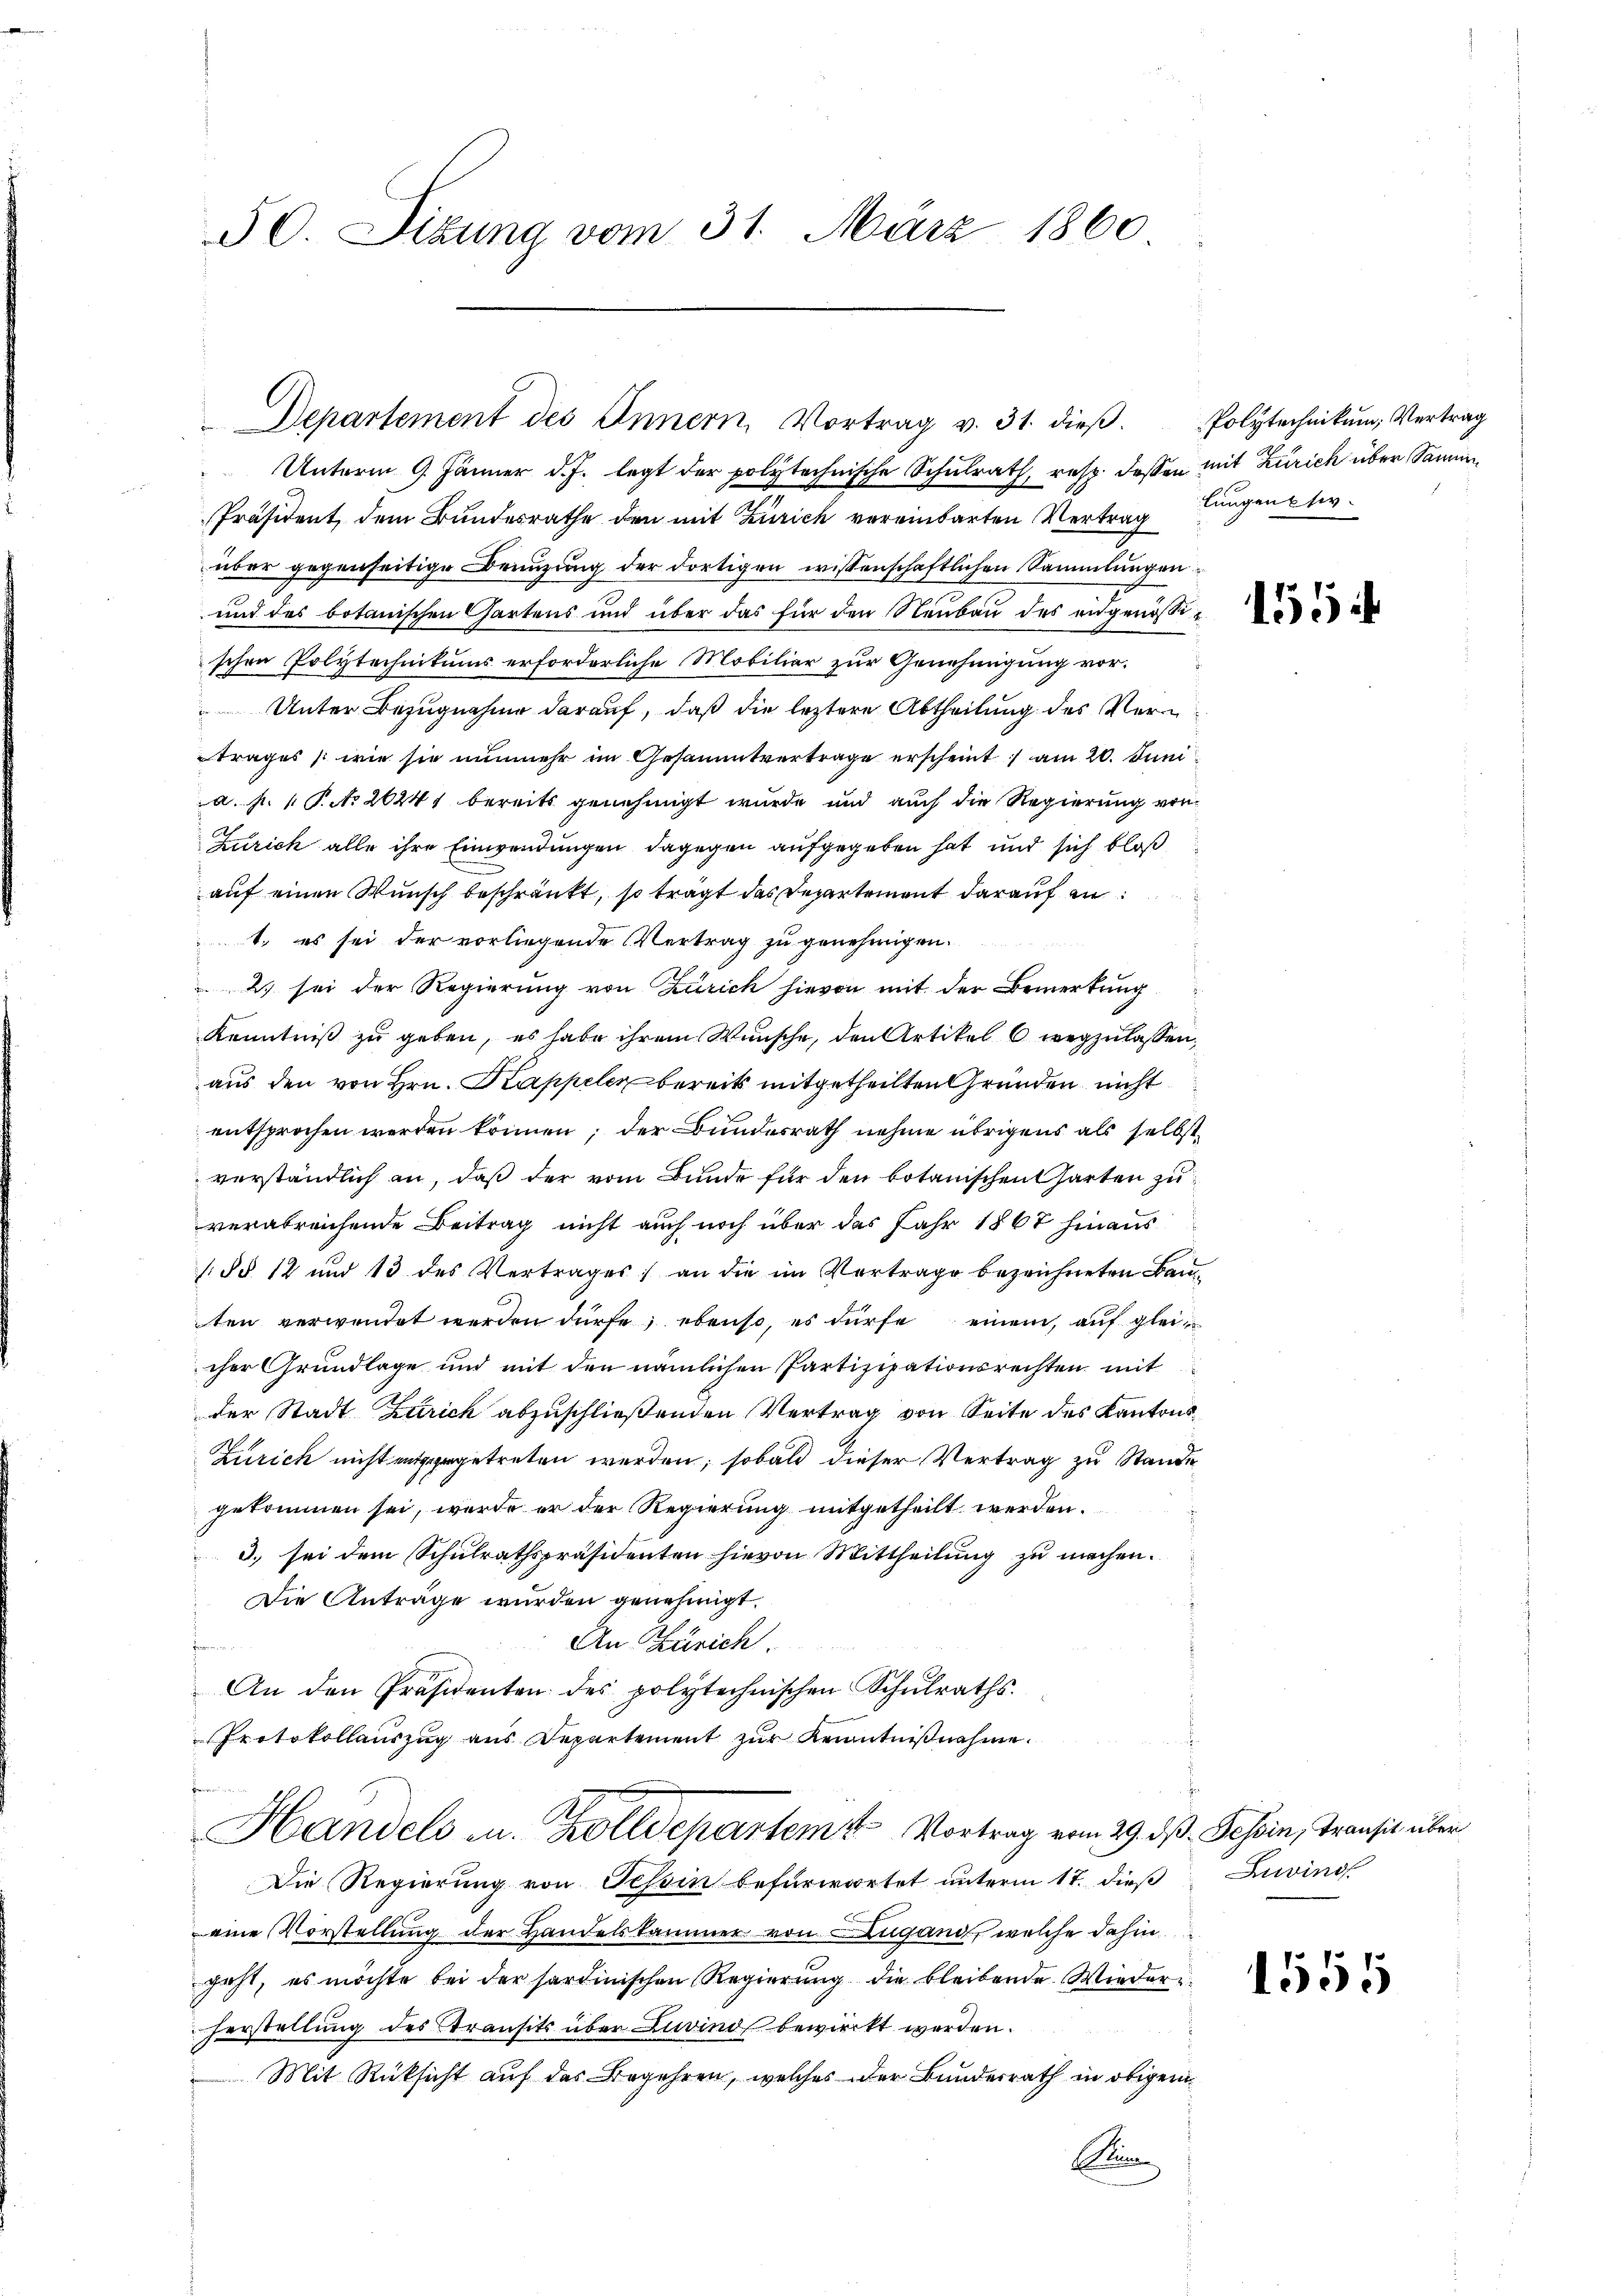
50. Sizung vom 31. März 1860

Departement des Innern, Vortrag v. 31. dieβ. Polytechnikŭm Vertrag

Unterm 9. Jänner d. J. legt der polytechnische Schulrath, resp. dessen mit Zürich über Samm
Präsident dem Bundesrathe den mit Zürich vereinbarten Vertragungente
über gegenseitige Benuzung der dortigen wissenschaftlichen Sammlungen
und des botanischen Gartens und über das für den Neubau des angenössischen Polytechnikums erforderliche Mobilier zur Genehmigung vor¬
Unter Bezugnahme darauf, daß die leztere Abtheilung des Vertrages (wie sie nunmehr im Gesammtvertrage erscheint, am 20. Juni
a. p. 1 Pto 26241 bereits genehmigt wurde und auch die Regierung von
Zürich alle ihre Einwendungen dagegen aufgegeben hat und sich bloß
auf einen Wunsch beschränkt, so tragt das Departement darauf in
1. es sei der vorliegende Vertrag zu genehmigen.
2) sei der Regierung von Zürich hievon mit der Bemerkung
Kenntniß zu geben, es habe ihrem Wunsche, den Artikel 6 wegzulassen,
aus den von Hrn. Kappeler bereits mitgetheilten Gründen nicht
entsprochen werden können; der Bundesrath nehme übrigens als selbst
verständlich an, daß der vom Bunde für den botanischen Garten zu
verabreichende Beitrag nicht auch noch über das Jahr 1867 hinaus
(§§ 12 und 13 des Vertrages an die im Vertrage bezeichneten Bauten verwendet werden dürfe; ebenso, es dürfe einem, auf gleicher Grundlage und mit den nämlichen Partizipationsrechten mit
der Stadt Zürich abzuschließenden Vertrag von Seite des Kantons¬
Zürich nicht entsergetreten werden; sobald dieser Vertrag zu Stande
gekommen sei, werde er der Regierung mitgetheilt werden.
3. sei dem Schŭlrathspräsidenten hievon Mittheilŭng zŭ machen.
Die Anträge wurden genehmigt.
S
An Zürich.
An den Präsidenten des polytechnischen Schŭlraths-
Protokollauszug aus Departement zur Kenntnißnahme.

Handels- u. Zolldepartem 4 Vortrag vom 29. ds. Tessin, Transit über
Die Regierung von Tessin befürwortet unterm 17. dieß
eine Vorstellung der Handelskammer von Lugand, welche dahin
geht, es möchte bei der sardinischen Regierung die bleibende Wiederherstellung des Transits über Zuvind bewirckt werden.
Mit Rücksicht auf das Begehren, welches der Bundesrath in obigem
Ein

155

Zuvino

1555